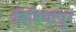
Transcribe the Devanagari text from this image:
बिबियापुर